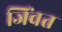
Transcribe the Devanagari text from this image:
जिंवत